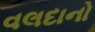
વલદાનો